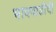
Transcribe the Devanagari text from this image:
भाववाढीची